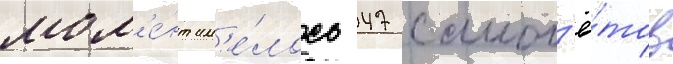
мом'е́нт им'е́лось 47 самол'ё́тов